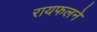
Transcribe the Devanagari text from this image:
रायफलने